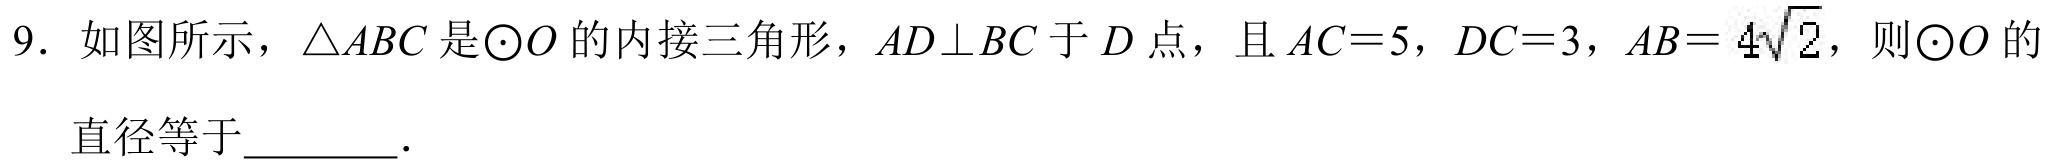
9. 如图所示，\(\triangle ABC\)是\(\odot O\)的内接三角形，\(AD\perp BC\)于\(D\)点，且\(AC = 5\)，\(DC = 3\)，\(AB = 4\sqrt{2}\)，则\(\odot O\)的直径等于  ．